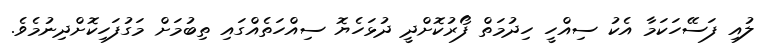
ލުއި ފަސޭހަކަމާ އެކު ސިއްހީ ހިދުމަތް ފޯރުކޮށްދީ ދުޅަހެޔޮ ސިއްހަތެއްގައި ތިބުމަށް މަގުފަހިކޮށްދިނުމެވެ.